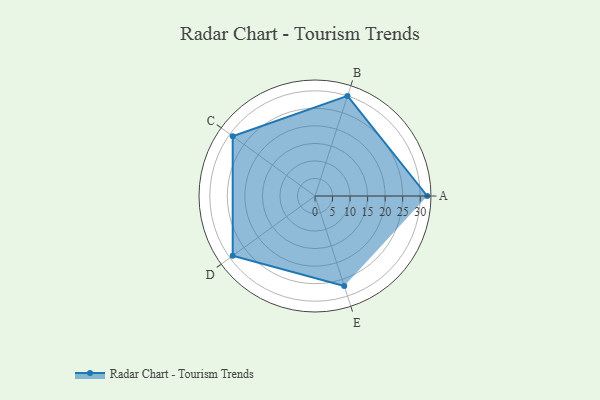
{"axis": {"x": "Skill", "y": "Score"}, "legend": ["Profile"], "data": [{"x": "A", "y": 32.0, "type": "Profile"}, {"x": "B", "y": 30.0, "type": "Profile"}, {"x": "C", "y": 29.0, "type": "Profile"}, {"x": "D", "y": 29.0, "type": "Profile"}, {"x": "E", "y": 27.0, "type": "Profile"}]}